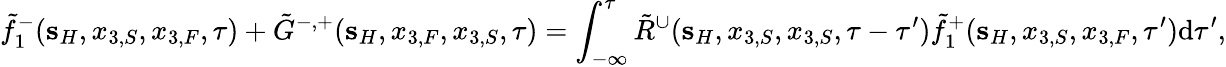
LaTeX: \tilde{f}_{1}^{-}({\mathbf s}_{H},x_{3,S},x_{3,F},\tau)+\tilde{G}^{-,+}({\mathbf s}_{H},x_{3,F},x_{3,S},\tau)=\int_{-\infty}^{\tau}\tilde{R}^{\cup}({\mathbf s}_{H},x_{3,S},x_{3,S},\tau-\tau^{\prime})\tilde{f}_{1}^{+}({\mathbf s}_{H},x_{3,S},x_{3,F},\tau^{\prime})\mathrm{d}\tau^{\prime},